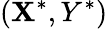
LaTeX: (\mathbf{X}^{*},Y^{*})